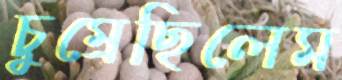
চুম্‌রেছিলেম